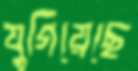
যুগিয়েছে